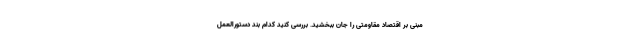
مبنی بر اقتصاد مقاومتی را جان ببخشید. بررسی کنید کدام بند دستورالعمل